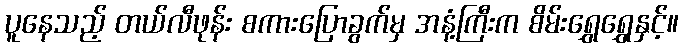
ပူနေသည့် တယ်လီဖုန်း စကားပြောခွက်မှ အနံ့ကြီးက စိမ်းရွှေရွှေနှင့်။